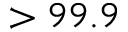
> 9 9 . 9